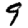
Digit: 9